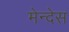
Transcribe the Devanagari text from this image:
मेन्देस